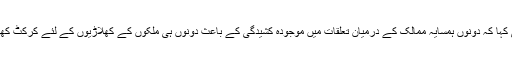
گواسکر نے یہ بھی کہا کہ دونوں ہمسایہ ممالک کے درمیان تعلقات میں موجودہ کشیدگی کے باعث دونوں ہی ملکوں کے کھلاڑیوں کے لئے کرکٹ کھیلنا آسان نہیں ہو گا۔